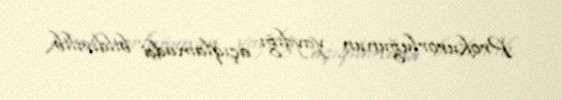
Prokurorluğunun yaydığı açıqlamada bildirilib.